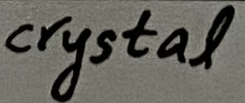
Text: crystal